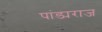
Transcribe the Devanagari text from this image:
पांड्यराज